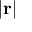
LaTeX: \left| \mathbf { r } \right|